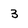
Character: 3